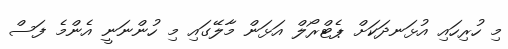
މި ހުރިހައި އުޅަނދަކަށް ޕެޓްރޯލް އަޅަން މާލޭގައި މި ހުންނަނީ އެންމެ ފަސް